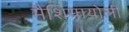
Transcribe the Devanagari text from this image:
मैशियायोली